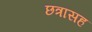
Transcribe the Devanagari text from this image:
छत्रासह